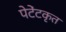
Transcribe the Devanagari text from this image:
पेटेंटकृत